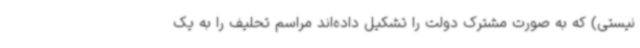
نیستی) که به صورت مشترک دولت را تشکیل داده‌اند مراسم تحلیف را به یک